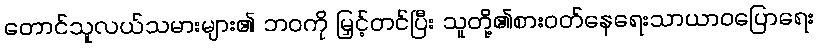
တောင်သူလယ်သမားများ၏ ဘဝကို မြှင့်တင်ပြီး သူတို့၏စားဝတ်နေရေးသာယာဝပြောရေး